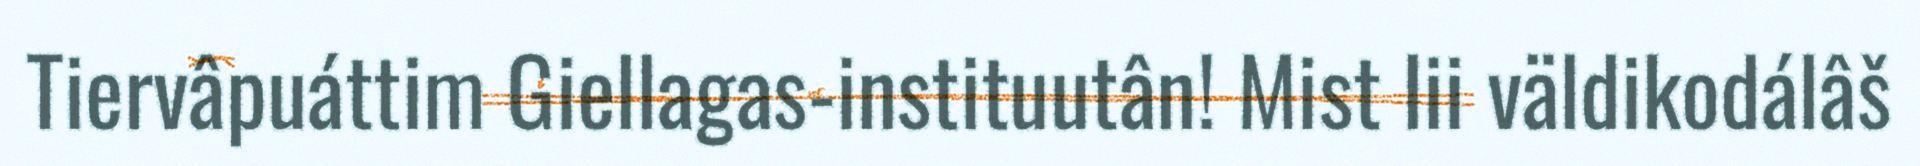
Tiervâpuáttim Giellagas-instituutân! Mist lii väldikodálâš